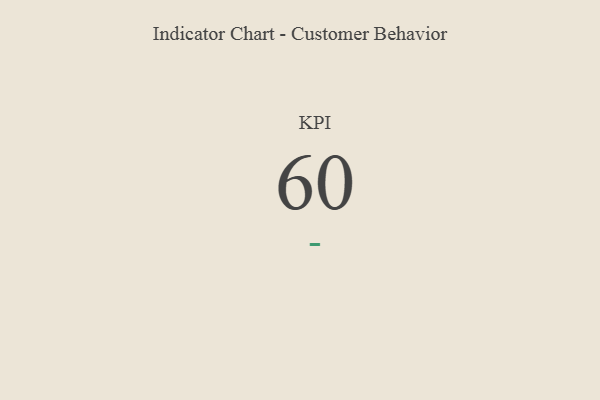
{"axis": {"x": "KPI", "y": "Value"}, "legend": [""], "data": [{"x": "KPI", "y": 60, "type": ""}]}